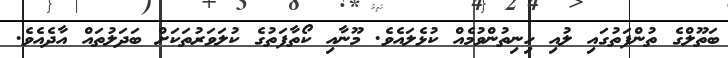
ބަތޫލްގެ ތުންފަތުގައި ލުއި ހިނިތުންވުމެއް ކުޅެލައެވެ. މޫނާއި ކޯތާފަތުގެ ކުލަވަރުތަކަށް ބަދަލުތައް އާދެއެވެ.